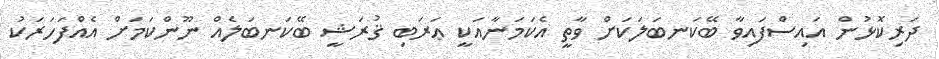
ދަރިކޮޅުން އައިސްފައިވާ ބޭކަނބަލަކަށް ވާތީ އެކަމަނާއަކީ ޢަރަބި ޤުރަޝީ ބޭކަނބަލެއް ނޫންކަމަށް އެއްފަހަރަކު